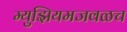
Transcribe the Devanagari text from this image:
म्युझियमजवळच